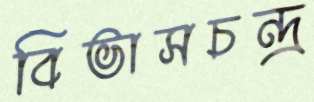
বিভাসচন্দ্র